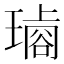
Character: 𤩋